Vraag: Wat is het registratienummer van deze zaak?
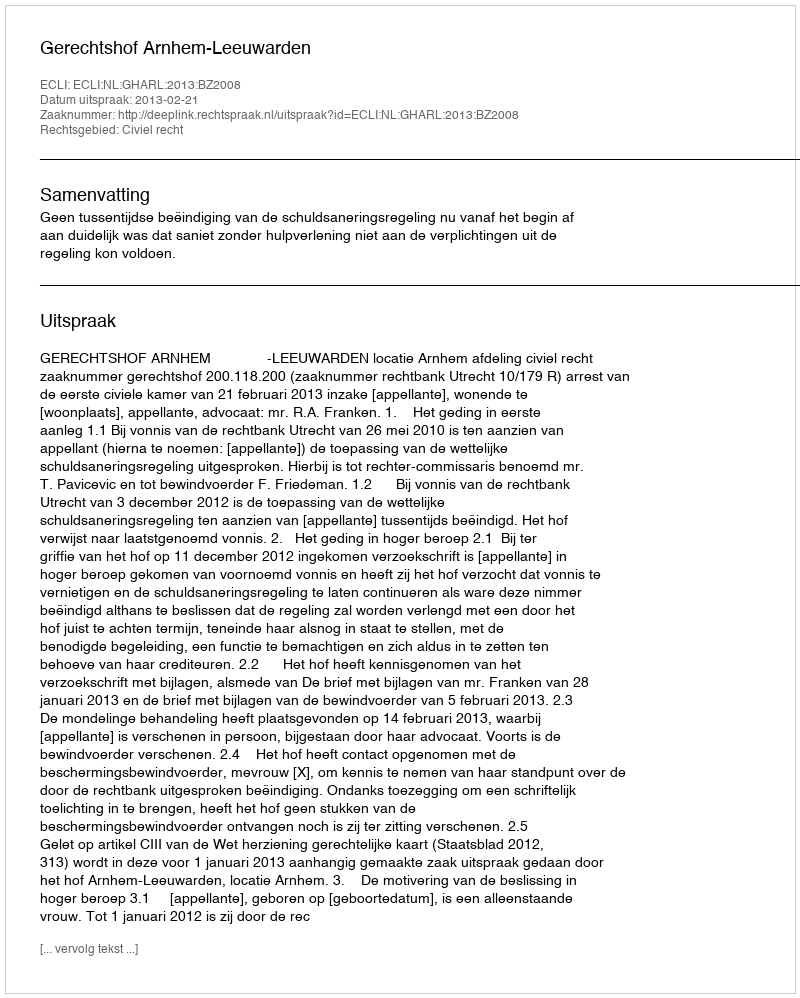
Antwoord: http://deeplink.rechtspraak.nl/uitspraak?id=ECLI:NL:GHARL:2013:BZ2008